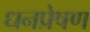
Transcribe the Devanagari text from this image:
धनप्रेषण